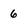
Character: 6